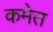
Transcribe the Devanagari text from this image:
कमेत